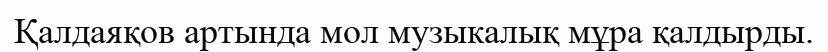
Қалдаяқов артында мол музыкалық мұра қалдырды.